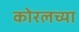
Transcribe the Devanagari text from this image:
काेरलच्या